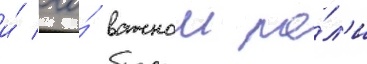
и́ его́ важнои ро́л'и